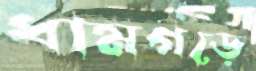
ধামগড়ে